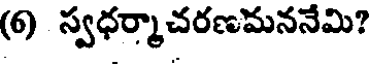
(6) స్వధర్మాచరణమననేమి?